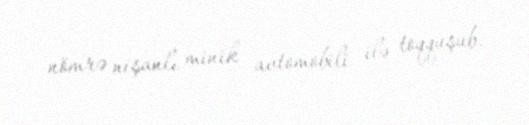
nömrə nişanlı minik avtomobili ilə toqquşub.